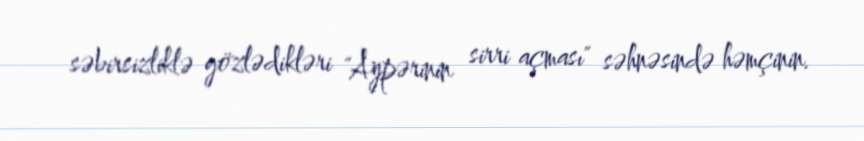
səbirsizliklə gözlədikləri "Aypərinin sirri açması" səhnəsində həmçinin.